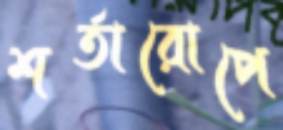
শর্তারোপে